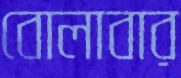
বোলাবার